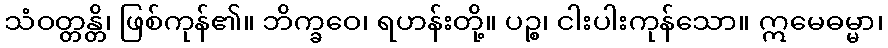
သံဝတ္တန္တိ၊ ဖြစ်ကုန်၏။ ဘိက္ခဝေ၊ ရဟန်းတို့။ ပဉ္စ၊ ငါးပါးကုန်သော။ ဣမေဓမ္မာ၊